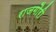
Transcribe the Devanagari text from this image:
राजगौरी